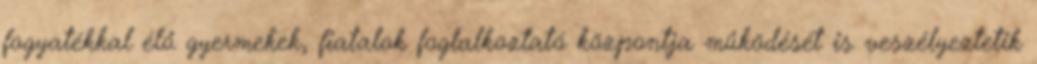
fogyatékkal élő gyermekek, fiatalok foglalkoztató központja működését is veszélyeztetik